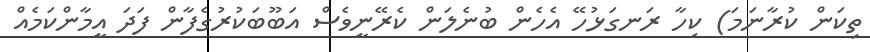
ތިކަން ކުރާނަމަ) ކިހާ ރަނގަޅުހޭ އެހެން ބުނެލަން ކެރޭނީވެސް އަބޫބަކުރުގެފާން ފަދަ އީމާންކަމެއް